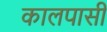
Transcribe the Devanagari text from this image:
कालपासी